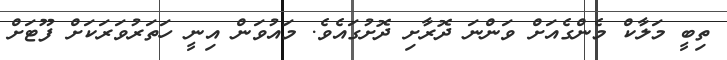
ތިބީ މަލާކް މެންގެއަށް ވަންނަ ދޮރާށި ދޮށުގައެވެ. މައުވަން އިނީ ހަތަރުވަރަކަށް ފޫޓަށް